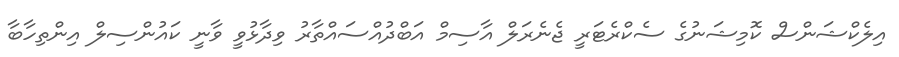
އިލެކްޝަންސް ކޮމިޝަނުގެ ސެކްރެޓަރީ ޖެނެރަލް އާސިމް އަބްދުއްސައްތާރު ވިދާޅުވީ ވާނީ ކައުންސިލް އިންތިހާބާ